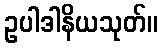
ဥပါဒါနိယသုတ်။